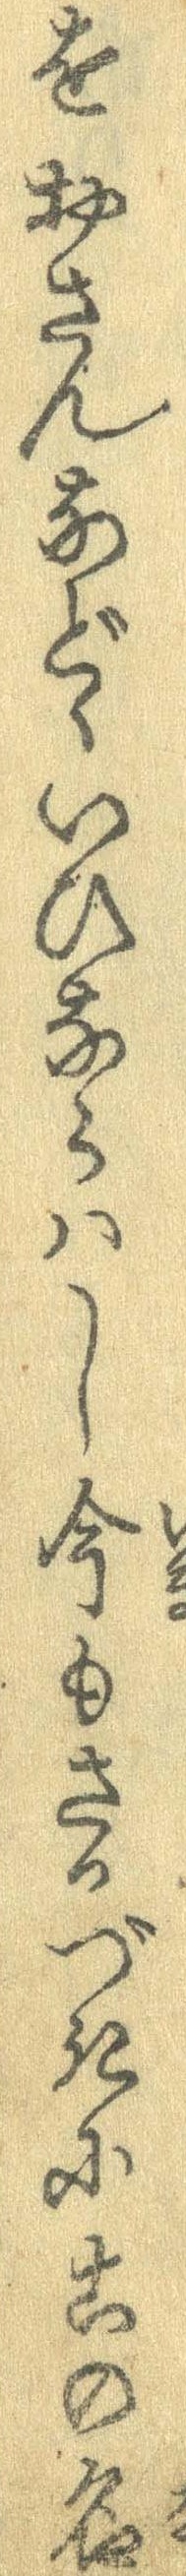
をおさんなどゝいひならはし今もさかづきにこの名